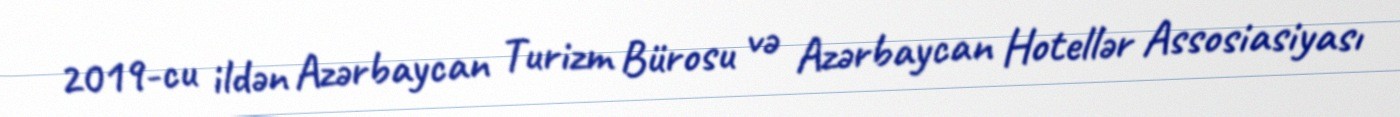
2019-cu ildən Azərbaycan Turizm Bürosu və Azərbaycan Hotellər Assosiasiyası